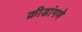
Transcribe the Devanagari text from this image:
क्रीडांगणे